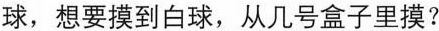
球，想要摸到白球，从几号盒子里摸？